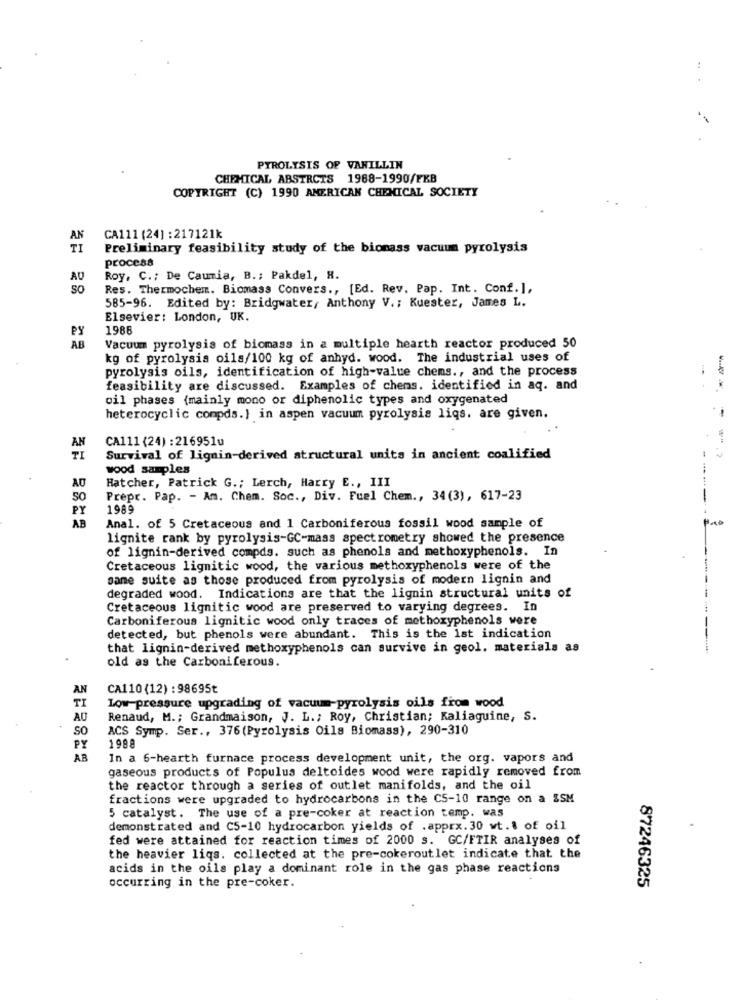
...
PYROLYSIS OF VANILLIN
CHEMICAL ABSTRCTS 1968-1990/FKB
COPYRIGHT (C) 1990 AMERICAN CHEMICAL SOCIETY
AN
CA111 (24] : 217121k
TI
Preliminary feasibility study of the biomass vacuum pyrolysis
process
AU
Roy, C .; De Caumia, B .; Pakdel, R.
so
Res. Thermochem. Biomass Convers ., [Ed. Rev. Pap. Int. Conf. ],
585-96. Edited by: Bridgwater, Anthony V .; Kuester, James L.
Elsevier: London, UK.
PS
1986
AB
Vacuum pyrolysis of biomass in a multiple hearth reactor produced 50
kg of pyrolysis oils/100 kg of anhyd. wood. The industrial uses of
pyrolysis oils, identification of high-value chems ., and the process
feasibility are discussed. Examples of chens. identified in aq. and
oil phases (mainly mono or diphenolic types and oxygenated
heterocyclic compds.} in aspen vacuum pyrolysis liqs. are given.
CA111 (24) : 216951u
AN
TI
Survival of lignin-derived structural units in ancient coalified
-
wood samples
Hatcher, Patrick G .; Lerch, Harry E ., III
......
AO
SO
Prepr. Pap. - Am. Chem. Soc ., Div. Fuel Chem ., 34(3), 617-23
PY
1989
AB
Anal. of 5 Cretaceous and 1 Carboniferous fossil wood sample of
lignite rank by pyrolysis-GC-mass spectrometry showed the presence
of lignin-derived compds. such as phenols and methoxyphenols. In
Cretaceous lignitic wood, the various methoxyphenols were of the
same suite as those produced from pyrolysis of modern lignin and
degraded wood. Indications are that the lignin structural units of
Cretaceous lignitic wood are preserved to varying degrees. In
...
Carboniferous lignitic wood only traces of methoxyphenols were
detected, but phenols were abundant. This is the 1st indication
that lignin-derived methoxyphenols can survive in geol. materials as
old as the Carboniferous.
AN
CA110(12) : 98695t
TI
Low-pressure upgrading of vacuum-pyrolysis oils from wood
AU
Renaud, M .; Grandmaison, J. L .; Roy, Christian; Kaliaguine, S.
SO
ACS Symp. Ser ., 376(Pyrolysis Oils Biomass), 290-310
PY
1988
AB
In a 6-hearth furnace process development unit, the org. vapors and
gaseous products of Populus deltoides wood were rapidly removed from
the reactor through a series of outlet manifolds, and the oil
fractions were upgraded to hydrocarbons in the CS-10 range on a ISM
5 catalyst. The use of a pre-coker at reaction temp. was
demonstrated and C5-10 hydrocarbon yields of .apprx. 30 wt.\ of oil
fed were attained for reaction times of 2000 s. GC/FTIR analyses of
the heavier liqs. collected at the pre-cokeroutlet indicate that. the
acids in the oils play a dominant role in the gas phase reactions
87246325
occurring in the pre-coker.